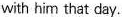
with him that day.